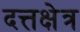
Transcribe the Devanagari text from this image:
दत्तक्षेत्र